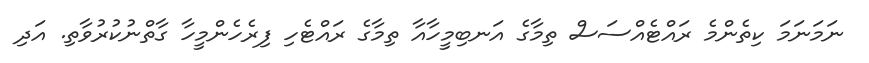
ނަމަނަމަ ކިތެންމެ ރައްޓެއްސަސް ތިމާގެ އަނބިމީހާއާ ތިމާގެ ރައްޓެހި ފިރެހެންމީހާ ގާތްނުކުރުވާތި. އަދި